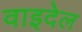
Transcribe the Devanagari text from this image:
वाइदेल